Civil Veterinary Department Bihar & Orissa reports 1929-36 - 1929-1936
Year: 1929
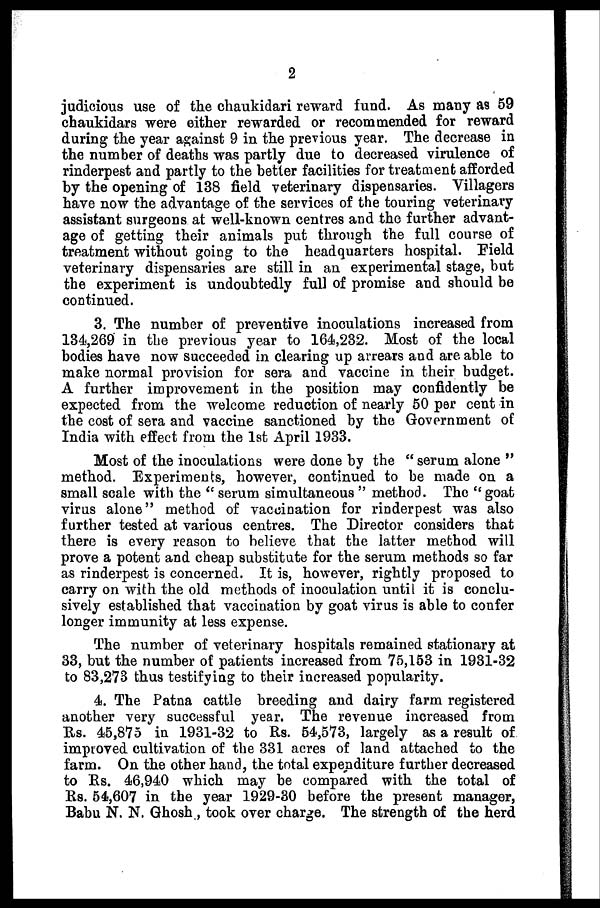
2
judicious use of the chaukidari reward fund. As many as 59
chaukidars were either rewarded or recommended for reward
during the year against 9 in the previous year. The decrease in
the number of deaths was partly due to decreased virulence of
rinderpest and partly to the better facilities for treatment afforded
by the opening of 138 field veterinary dispensaries. Villagers
have now the advantage of the services of the touring veterinary
assistant surgeons at well-known centres and the further advant-
age of getting their animals put through the full course of
treatment without going to the headquarters hospital. Field
veterinary dispensaries are still in an experimental stage, but
the experiment is undoubtedly full of promise and should be
continued.
3. The number of preventive inoculations increased from
134,269 in the previous year to 164,232. Most of the local
bodies have now succeeded in clearing up arrears and are able to
make normal provision for sera and vaccine in their budget.
A further improvement in the position may confidently be
expected from the welcome reduction of nearly 50 per cent in
the cost of sera and vaccine sanctioned by the Government of
India with effect from the 1st April 1933.
Most of the inoculations were done by the "serum alone"
method. Experiments, however, continued to be made on a
small scale with the "serum simultaneous" method. The "goat
virus alone'' method of vaccination for rinderpest was also
further tested at various centres. The Director considers that
there is every reason to believe that the latter method will
prove a potent and cheap substitute for the serum methods so far
as rinderpest is concerned. It is, however, rightly proposed to
carry on with the old methods of inoculation until it is conclu-
sively established that vaccination by goat virus is able to confer
longer immunity at less expense.
The number of veterinary hospitals remained stationary at
33, but the number of patients increased from 75,153 in 1931-32
to 83,273 thus testifying to their increased popularity.
4. The Patna cattle breeding and dairy farm registered
another very successful year. The revenue increased from
Rs. 45,875 in 1931-32 to Rs. 54,573, largely as a result of
improved cultivation of the 331 acres of land attached to the
farm. On the other hand, the total expenditure further decreased
to Rs. 46,940 which may be compared with the total of
Rs. 54,607 in the year 1929-30 before the present manager,
Babu N. N. Ghosh, took over charge. The strength of the herd